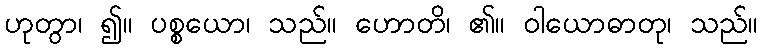
ဟုတွာ၊ ၍။ ပစ္စယော၊ သည်။ ဟောတိ၊ ၏။ ဝါယောဓာတု၊ သည်။